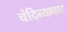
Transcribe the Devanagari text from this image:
चंदिन्याघाट